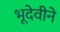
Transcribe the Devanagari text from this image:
भूदेवीने